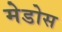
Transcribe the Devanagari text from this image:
मेडोस